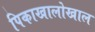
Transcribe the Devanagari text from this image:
पिकाखालोखाल